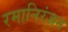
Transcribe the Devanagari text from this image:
रमानिरंजन